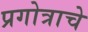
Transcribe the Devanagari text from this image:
प्रगोत्राचे